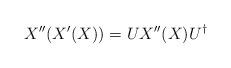
LaTeX: \begin{align*}X''(X'(X)) = U X''(X) U^{\dagger}\end{align*}